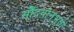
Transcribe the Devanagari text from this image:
सौंदर्यानुभूती